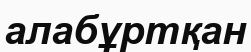
алабұртқан